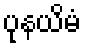
ပုနယိမံ